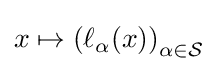
x\mapsto \left(\ell _{\alpha }(x)\right)_{\alpha \in {\mathcal {S}}}